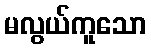
မလွယ်ကူသော